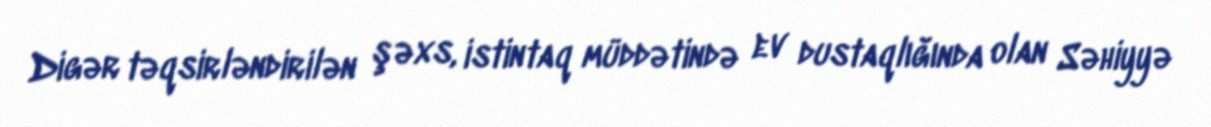
Digər təqsirləndirilən şəxs, istintaq müddətində ev dustaqlığında olan Səhiyyə